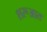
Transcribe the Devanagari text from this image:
शरूआत